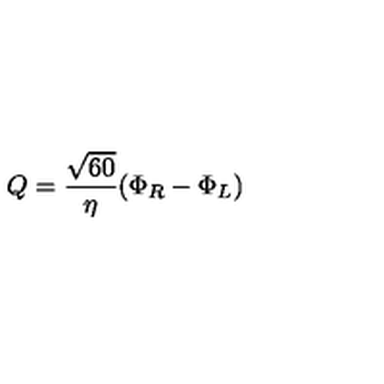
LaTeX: Q = { \frac { \sqrt { 6 0 } } { \eta } } ( \Phi _ { R } - \Phi _ { L } )